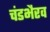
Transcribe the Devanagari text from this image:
चंडभैरव